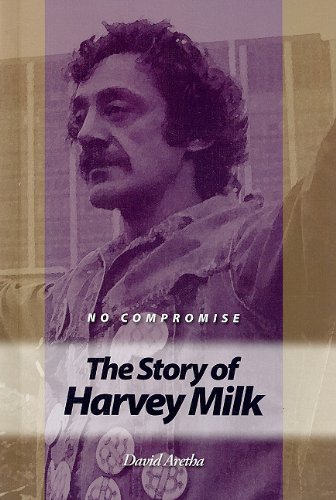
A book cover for No Compromise: The Story of Harvey Milk; David Aretha; Teen & Young Adult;